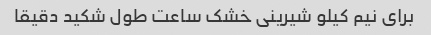
برای نیم کیلو شیرینی خشک ساعت طول شکید دقیقا